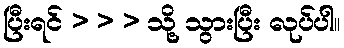
ပြီးရင် > > > သို့ သွားပြီး လုပ်ပါ။